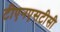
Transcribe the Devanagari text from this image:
टीएनएसटीसी